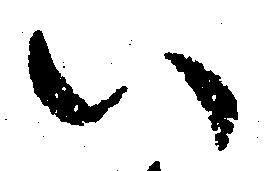
い